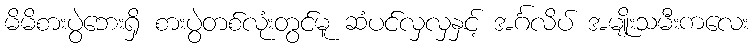
မိမိစားပွဲဘေးရှိ စားပွဲတစ်လုံးတွင်မူ ဆံပင်လှလှနှင့် အင်္ဂလိပ် အမျိုးသမီးကလေး